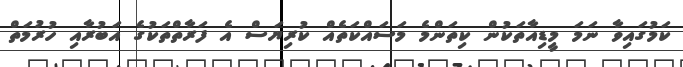
ކަމުގައިވާ ނަމަ މީޑިއާތަކުން ކިތަންމެ މަސައްކަތެއް ކުރިޔަސް އެ ފަރާތްތަކުގެ އަބުރާއި ހުރުމަތް